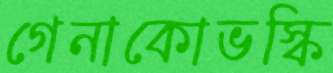
গেনাকোভস্কি